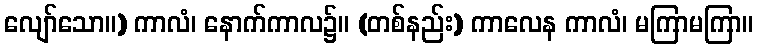
လျော်သော။) ကာလံ၊ နောက်ကာလ၌။ (တစ်နည်း) ကာလေန ကာလံ၊ မကြာမကြာ။